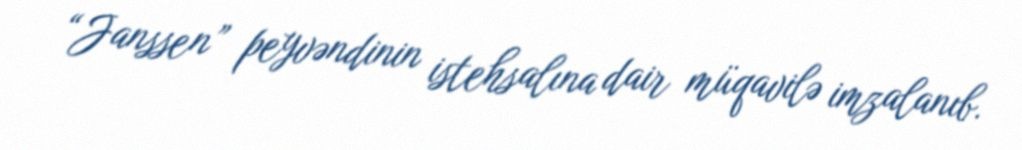
“Janssen” peyvəndinin istehsalına dair müqavilə imzalanıb.